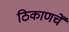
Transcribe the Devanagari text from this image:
ठिकाणचें